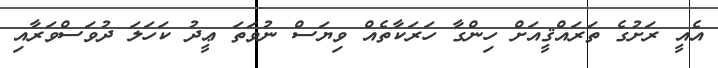
އެއީ ރަށުގެ ތަރައްޤީއަށް ހިންގާ ހަރަކާތެއް ވިޔަސް ނުވަތަ ޢީދު ކަހަަލަ ދުވަސްވަރާއި